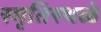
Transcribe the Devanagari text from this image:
स्मृतिस्थळे